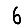
Digit: 6